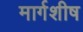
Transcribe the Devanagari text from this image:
मार्गशीष